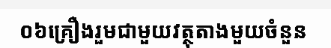
០៦គ្រឿងរួមជាមួយវត្ថុតាងមួយចំនួន